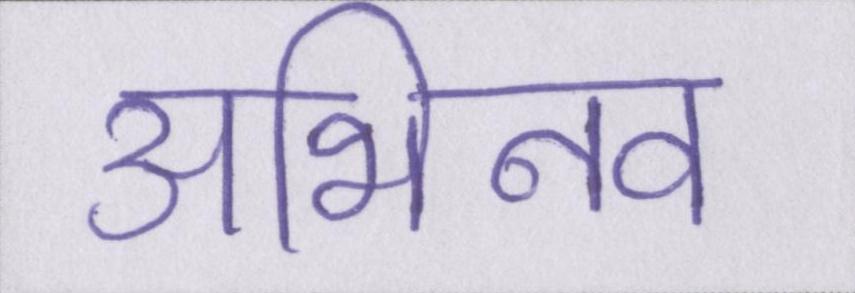
अभिनव